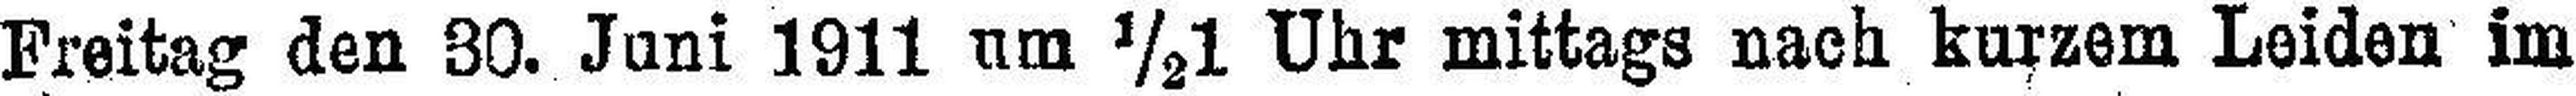
Freitag den 30. Juni 1911 um ½1 Uhr mittags nach kurzem Leiden im